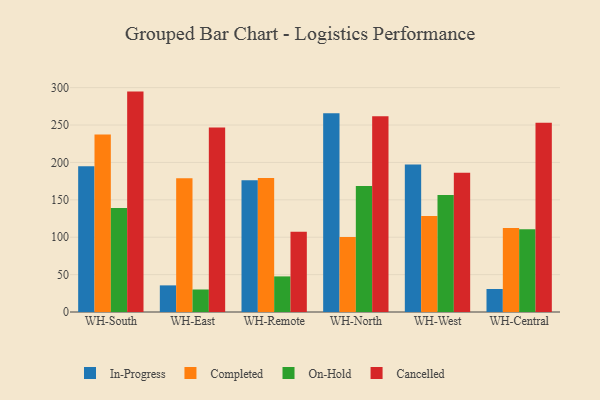
{"axis": {"x": "Warehouse", "y": "Satisfaction Score"}, "legend": ["Cancelled", "Completed", "In-Progress", "On-Hold"], "data": [{"x": "WH-South", "y": 195.0, "type": "In-Progress"}, {"x": "WH-South", "y": 237.3, "type": "Completed"}, {"x": "WH-South", "y": 139.1, "type": "On-Hold"}, {"x": "WH-South", "y": 294.7, "type": "Cancelled"}, {"x": "WH-East", "y": 35.6, "type": "In-Progress"}, {"x": "WH-East", "y": 178.9, "type": "Completed"}, {"x": "WH-East", "y": 30.1, "type": "On-Hold"}, {"x": "WH-East", "y": 246.8, "type": "Cancelled"}, {"x": "WH-Remote", "y": 176.2, "type": "In-Progress"}, {"x": "WH-Remote", "y": 179.3, "type": "Completed"}, {"x": "WH-Remote", "y": 47.6, "type": "On-Hold"}, {"x": "WH-Remote", "y": 107.4, "type": "Cancelled"}, {"x": "WH-North", "y": 265.7, "type": "In-Progress"}, {"x": "WH-North", "y": 100.3, "type": "Completed"}, {"x": "WH-North", "y": 168.6, "type": "On-Hold"}, {"x": "WH-North", "y": 261.8, "type": "Cancelled"}, {"x": "WH-West", "y": 197.3, "type": "In-Progress"}, {"x": "WH-West", "y": 128.3, "type": "Completed"}, {"x": "WH-West", "y": 156.5, "type": "On-Hold"}, {"x": "WH-West", "y": 186.1, "type": "Cancelled"}, {"x": "WH-Central", "y": 30.8, "type": "In-Progress"}, {"x": "WH-Central", "y": 112.3, "type": "Completed"}, {"x": "WH-Central", "y": 110.8, "type": "On-Hold"}, {"x": "WH-Central", "y": 253.1, "type": "Cancelled"}]}